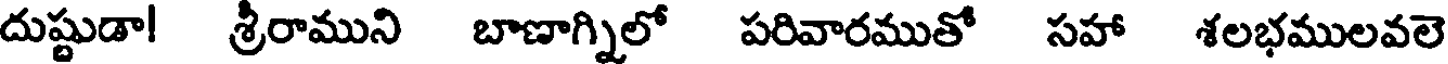
దుష్టుడా! శ్రీరాముని బాణాగ్నిలో పరివారముతో సహా శలభములవలె